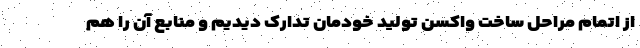
از اتمام مراحل ساخت واکسن تولید خودمان تدارک دیدیم و منابع آن را هم